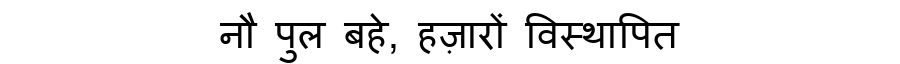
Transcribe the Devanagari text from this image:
नौ पुल बहे, हज़ारों विस्थापित